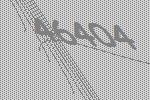
46404